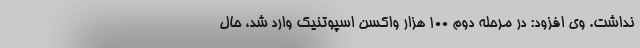
نداشت. وی افزود: در مرحله دوم ۱۰۰ هزار واکسن اسپوتنیک وارد شد، حال